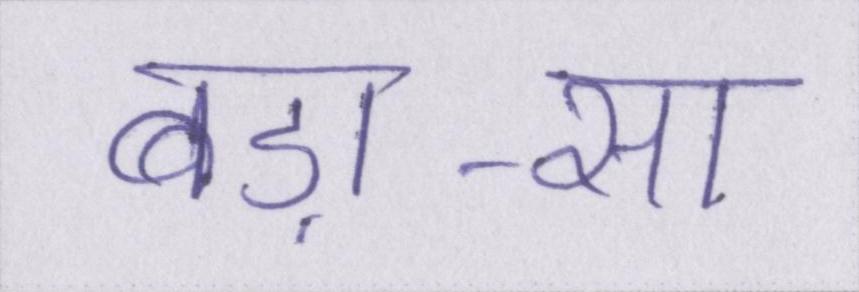
बड़ा-सा